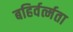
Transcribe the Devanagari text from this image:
बहिर्वर्त्मता